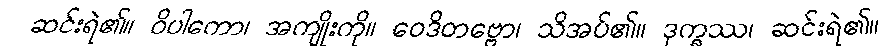
ဆင်းရဲ၏။ ဝိပါကော၊ အကျိုးကို။ ဝေဒိတဗ္ဗော၊ သိအပ်၏။ ဒုက္ခဿ၊ ဆင်းရဲ၏။